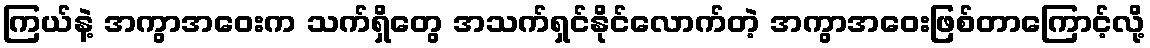
ကြယ်နဲ့ အကွာအဝေးက သက်ရှိတွေ အသက်ရှင်နိုင်လောက်တဲ့ အကွာအဝေးဖြစ်တာကြောင့်လို့